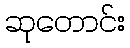
ဆုတောင်း